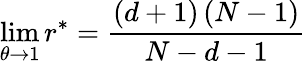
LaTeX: \operatorname*{lim}_{\theta\rightarrow 1}r^{\ast}=\frac{\left(d+1\right)\left(N-1\right)}{N-d-1}